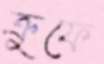
ক্রুফে